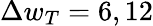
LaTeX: \Delta w_{T}=6,12